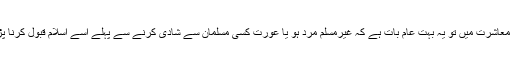
مغربی معاشرت میں تو یہ بہت عام بات ہے کہ غیرمسلم مرد ہو یا عورت کسی مسلمان سے شادی کرنے سے پہلے اسے اسلام قبول کرنا پڑتا ہے۔